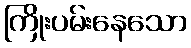
ကြိုးပမ်းနေသော